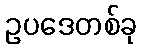
ဥပဒေတစ်ခု